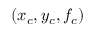
( x _ { c } , y _ { c } , f _ { c } )